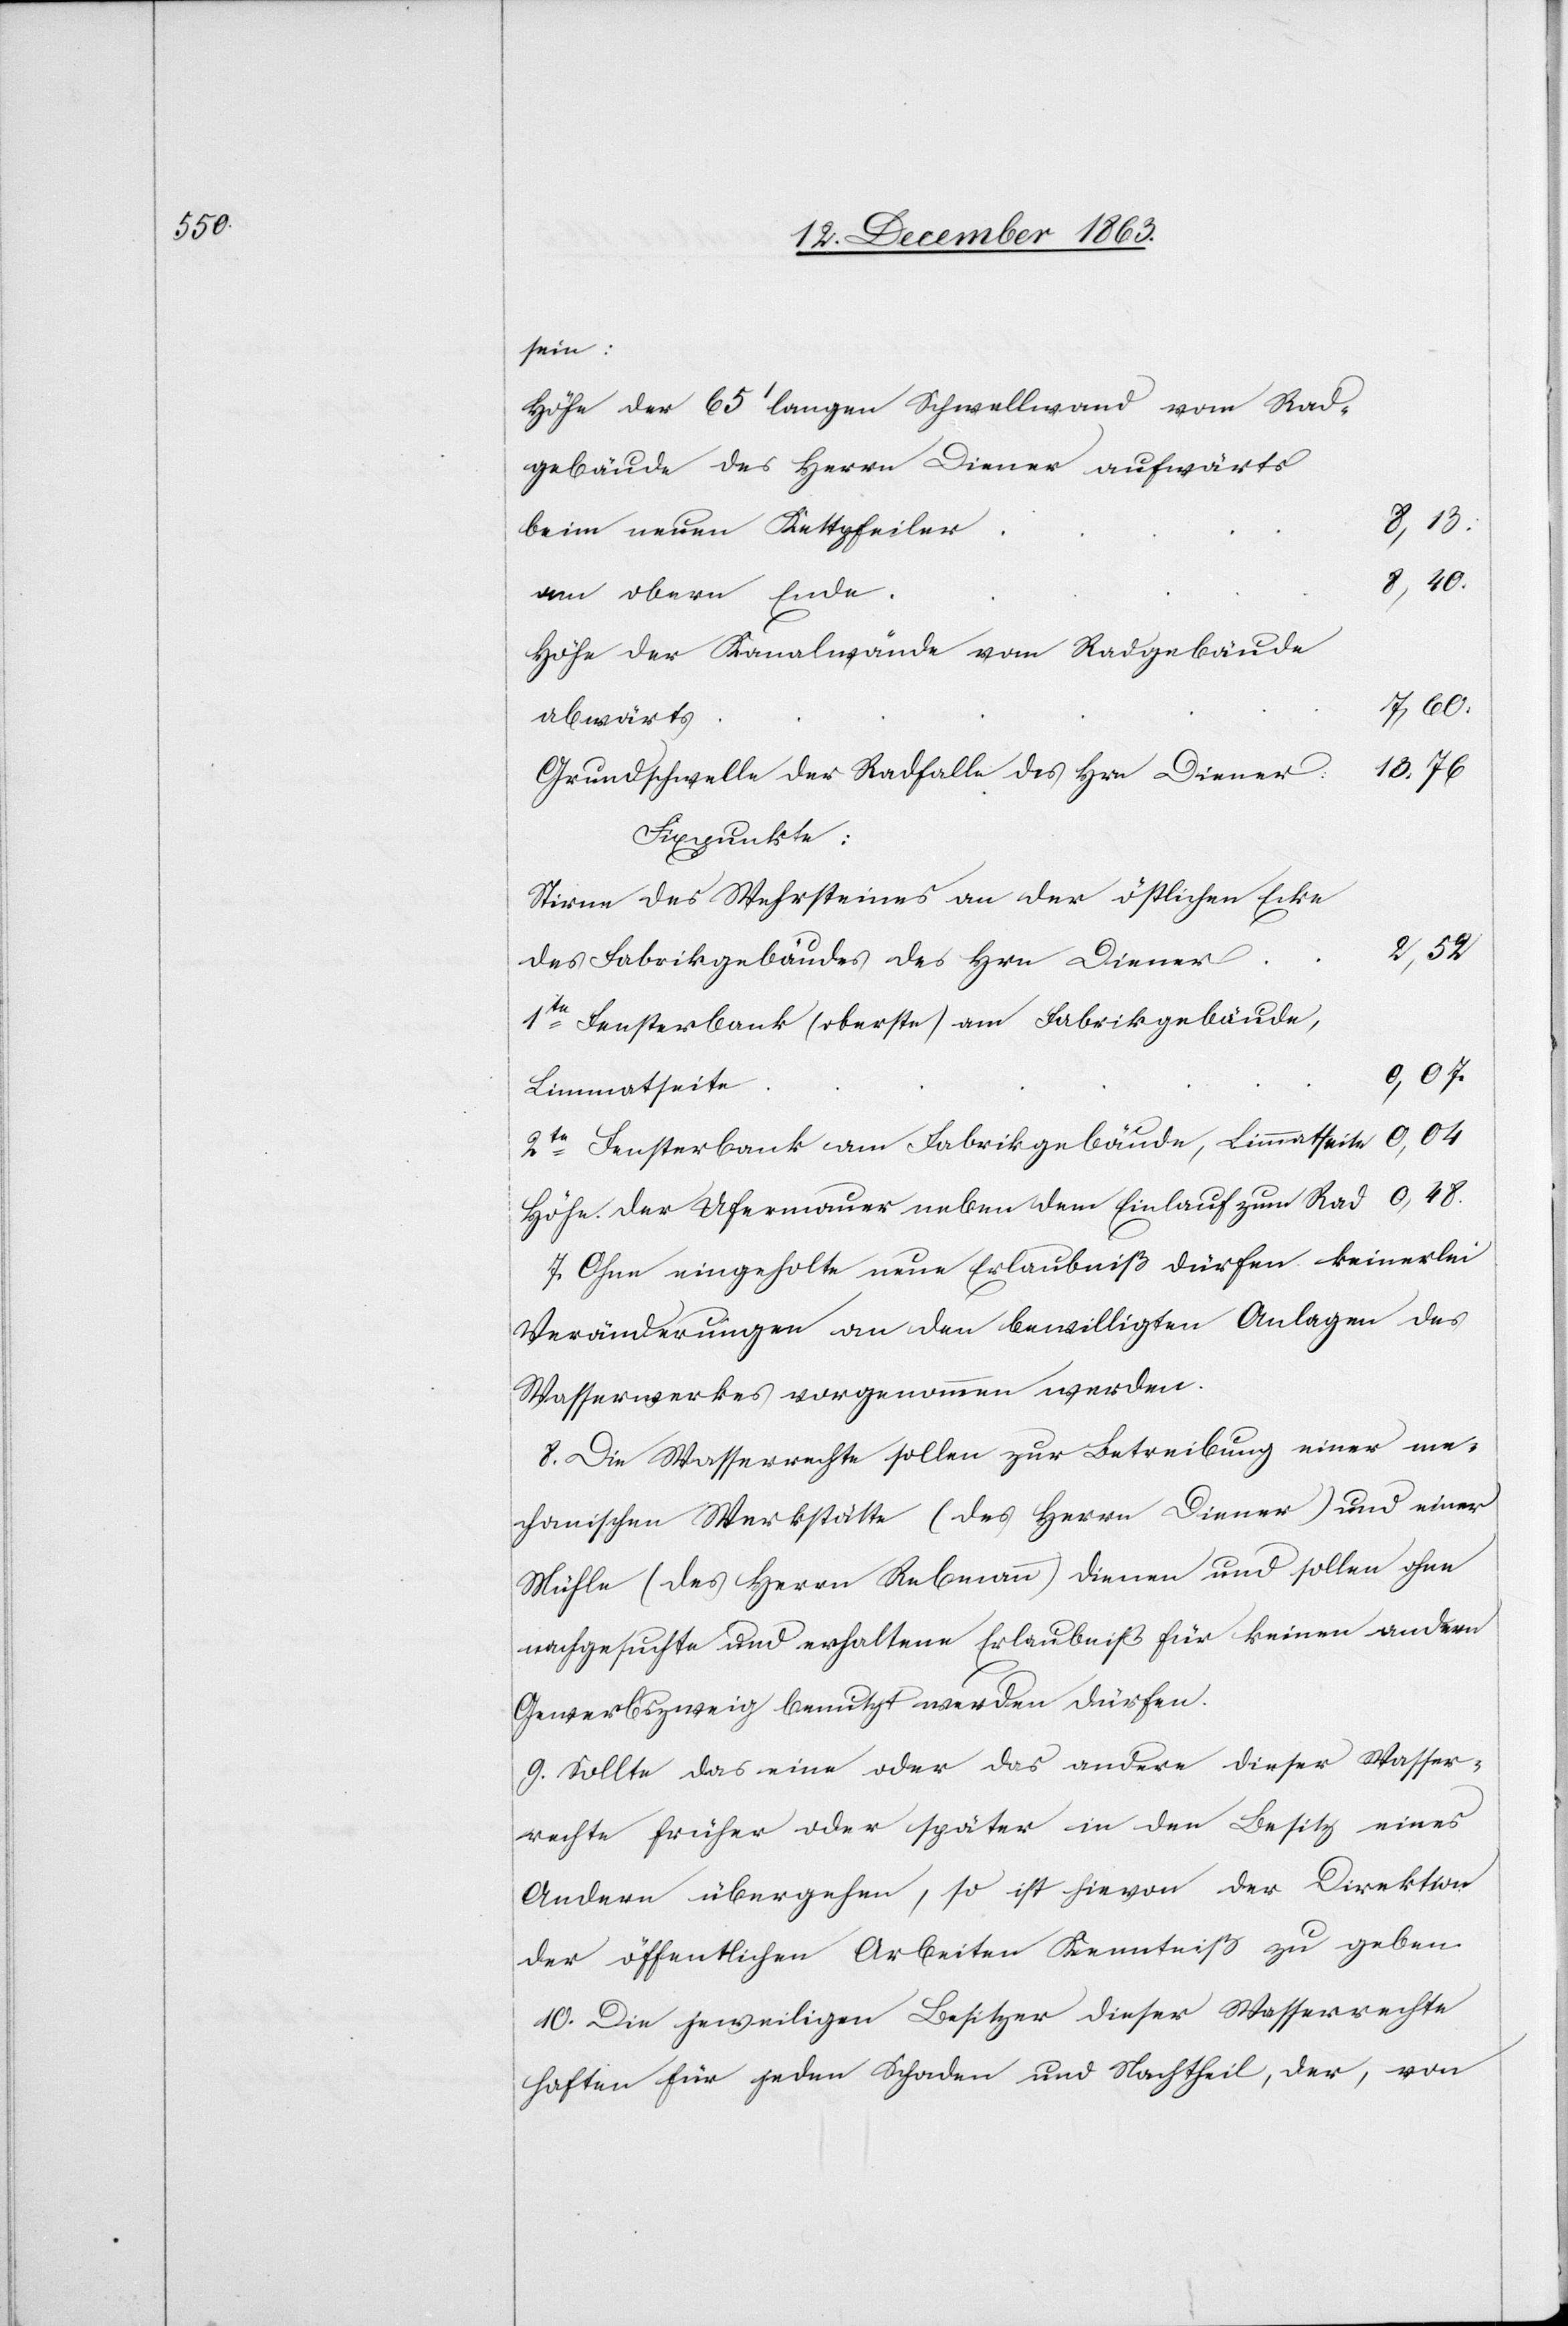
sein:
Höhe der 65' langen Schwellwand vom Rad¬
gebäude des Herrn Diener aufwärts
8,13.
beim neuen Kettpfeiler
am obern Ende
Höhe der Kanalwände vom Radgebäude
7,60.
abwärts
Grundschwelle der Radfalle des Hrn Diener
Fixpunkte:
Stirne des Wehrsteines an der östlichen Ecke
des Fabrikgebäudes des Hrn Diener
1te Fensterbank (oberste) am Fabrikgebäude,
Limmatseite
0,48.
2te Fensterbank am Fabrikgebäude, Limmatseite
Höhe der Ufermauer neben dem Einlauf zum Rad
7. Ohne eingeholte neue Erlaubniß dürfen keinerlei
Veränderungen an den bewilligten Anlagen des
Wasserwerkes vorgenommen werden.
8. Die Wasserrechte sollen zur Betreibung einer me¬
chanischen Werkstätte (des Herrn Diener) und einer
Mühle (des Herrn Rebmann) dienen und sollen ohne
nachgesuchte und erhaltene Erlaubniß für keinen andern
Gewerbszweig benutzt werden dürfen.
9. Sollte das eine oder das andere dieser Wasser¬
rechte früher oder später in den Besitz eines
Andern übergehen, so ist hievon der Direktion
der öffentlichen Arbeiten Kenntniß zu geben.
10. Die jeweiligen Besitzer dieser Wasserrechte
haften für jeden Schaden und Nachtheil, der, von